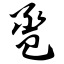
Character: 卺